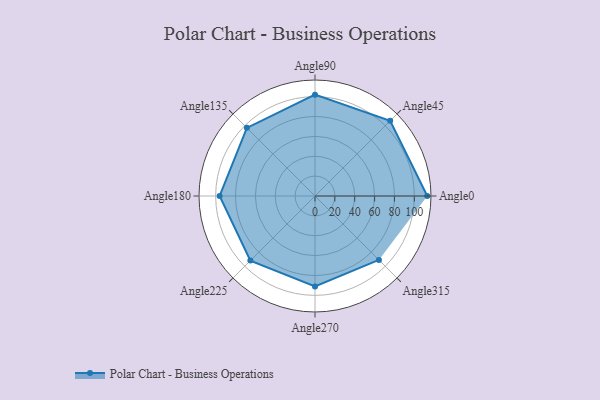
{"axis": {"x": "Angle", "y": "Radius"}, "legend": [""], "data": [{"x": "Angle0", "y": 113.0, "type": ""}, {"x": "Angle45", "y": 107.0, "type": ""}, {"x": "Angle90", "y": 102.0, "type": ""}, {"x": "Angle135", "y": 97.0, "type": ""}, {"x": "Angle180", "y": 96.0, "type": ""}, {"x": "Angle225", "y": 92.0, "type": ""}, {"x": "Angle270", "y": 91.0, "type": ""}, {"x": "Angle315", "y": 91.0, "type": ""}]}